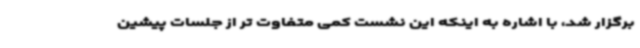
برگزار شد، با اشاره به اینکه این نشست کمی متفاوت تر از جلسات پیشین